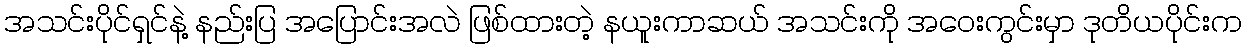
အသင်းပိုင်ရှင်နဲ့ နည်းပြ အပြောင်းအလဲ ဖြစ်ထားတဲ့ နယူးကာဆယ် အသင်းကို အဝေးကွင်းမှာ ဒုတိယပိုင်းက